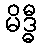
မိဒ္ဓီ